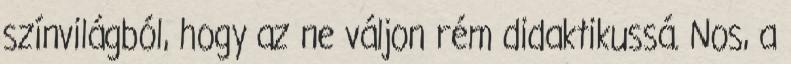
színvilágból, hogy az ne váljon rém didaktikussá. Nos, a